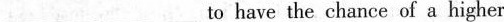
___ ___ to have the chance of a higher